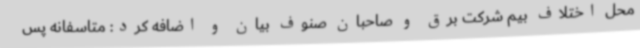
محل اختلاف بیم شرکت برق و صاحبان صنوف بیان و اضافه کرد: متاسفانه پس